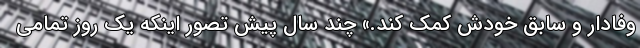
وفادار و سابق خودش کمک کند.» چند سال پیش تصور اینکه یک روز تمامی